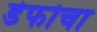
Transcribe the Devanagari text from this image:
डेफोचा